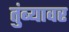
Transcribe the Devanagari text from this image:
तुंब्यावर